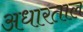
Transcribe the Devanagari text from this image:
अधारताल